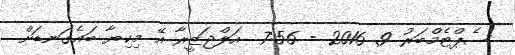
ސެޕްޓެމްބަރު 9